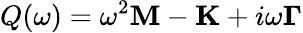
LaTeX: Q(\omega)=\omega^{2}\mathbf{M}-\mathbf{K}+i\omega\mathbf{\Gamma}